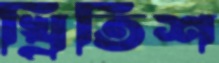
খ্রিতিশ